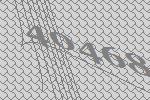
40468